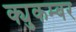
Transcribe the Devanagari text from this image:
क्युकम्बर